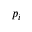
p _ { i }